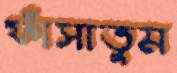
ফাঁসাতুম